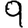
Digit: 9